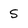
Character: 5